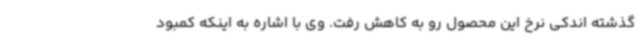
گذشته اندکی نرخ این محصول رو به کاهش رفت. وی با اشاره به اینکه کمبود